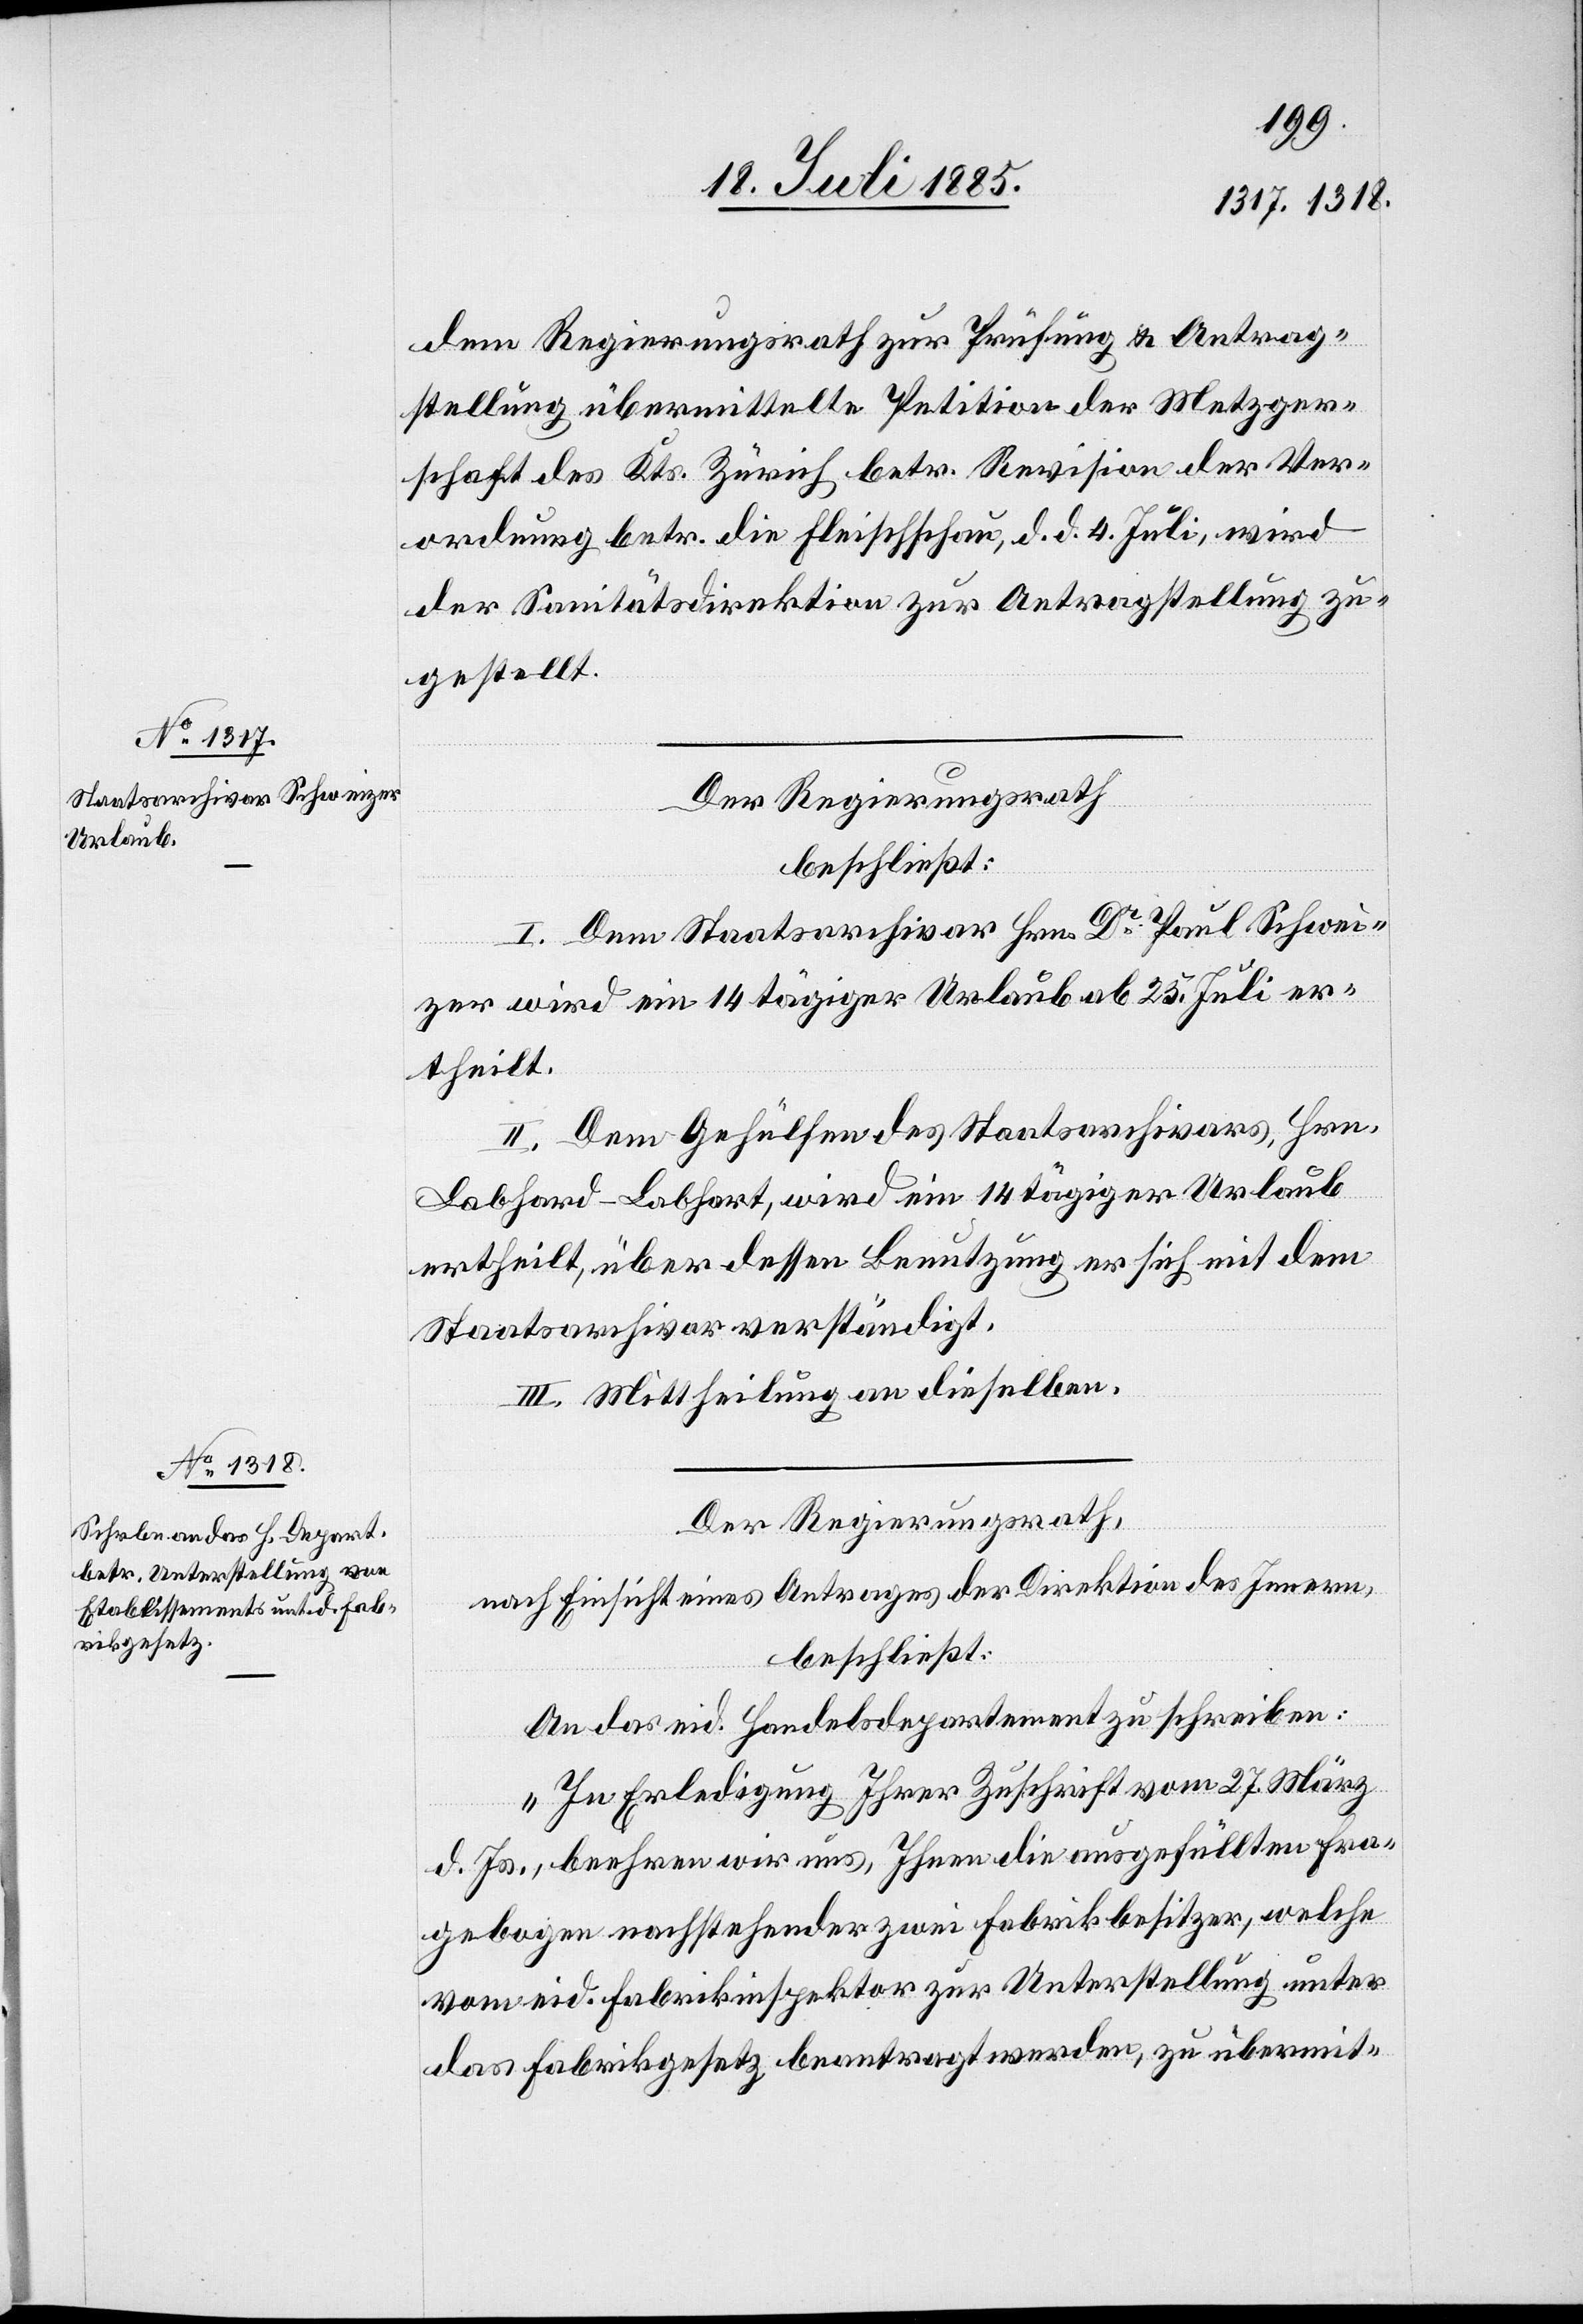
dem Regierungsrath zur Prüfung & Antrag¬
stellung übermittelte Petition der Metzger¬
schaft des Kts. Zürich betr. Revision der Ver¬
ordnung betr. die Fleischschau, d. d. 4. Juli, wird
der Sanitätsdirektion zur Antragstellung zu¬
gestellt.
Der Regierungsrath
beschließt:
I. Dem Staatsarchivar Hrn. Dr Paul Schwei¬
zer wird ein 14tägiger Urlaub ab 23. Juli er¬
theilt.
II. Dem Gehülfen des Staatsarchivars, Hrn.
Labhard-Labhart, wird ein 14tägiger Urlaub
ertheilt, über dessen Benutzung er sich mit dem
Staatsarchivar verständigt.
III. Mittheilung an dieselben.
Der Regierungsrath,
nach Einsicht eines Antrages der Direktion des Innern,
beschließt:
An das eid. Handelsdepartement zu schreiben:
„In Erledigung Ihrer Zuschrift vom 27. März
d. Js., beehren wir uns, Ihnen die ausgefüllten Fra¬
gebogen nachstehender zwei Fabrikbesitzer, welche
vom eid. Fabrikinspektor zur Unterstellung unter
das Fabrikgesetz beantragt werden zu übermit-